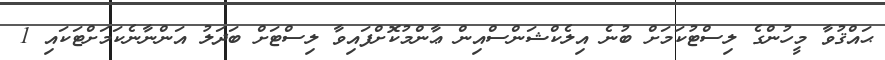
ޙައްޤުވާ މީހުންގެ ލިސްޓުކަމަށް ބުނެ އިލެކްޝަންސްއިން ޢާންމުކޮށްފައިވާ ލިސްޓަށް ބަދަލު އަންނާނެކަމަށްޓަކައި 1